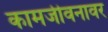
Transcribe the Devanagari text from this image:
कामजीवनावर